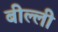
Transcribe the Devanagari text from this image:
बील्ली